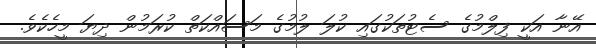
އޭނާ އަކީ ފިލްމުގެ ސެޓުތަކުގައި ކުލަ ލުމުގެ މަސައްކަތް ކުރަމުން ދިޔަ މީހެކެވެ.